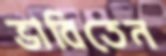
ভাবিতেন